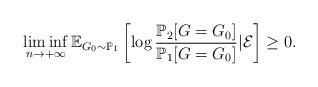
LaTeX: \begin{align*} \liminf_{n \rightarrow + \infty} \mathbb{E}_{G_0 \sim \mathbb{P}_1} \left[ \log \frac{\mathbb{P}_2[G=G_0]}{\mathbb{P}_1[G=G_0]} | \mathcal{E}\right]\geq 0.\end{align*}